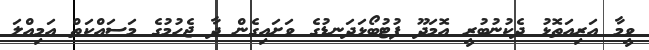
ވީމާ އަރިއަތޮޅު ދެކުނުބުރީ އޮމަދޫ ފުޓުބޯޅަދަނޑުގެ ވަށައިގެން ދާ ޖެހުމުގެ މަސައްކަތް އަމިއްލަ